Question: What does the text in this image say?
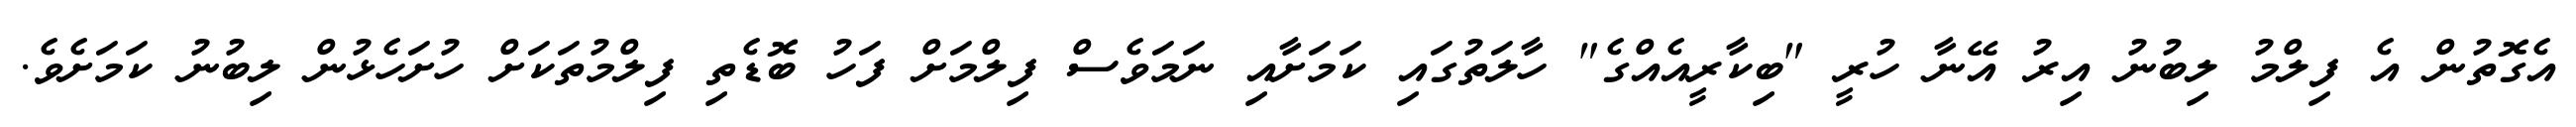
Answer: އެގޮތުން އެ ފިލްމު ލިބުނު އިރު އޭނާ ހުރީ "ބިކާރީއެއްގެ" ހާލަތުގައި ކަމަށާއި ނަމަވެސް ފިލްމަށް ފަހު ބޮޑެތި ފިލްމުތަކަށް ހުށަހެޅުން ލިބުނު ކަމަށެވެ.